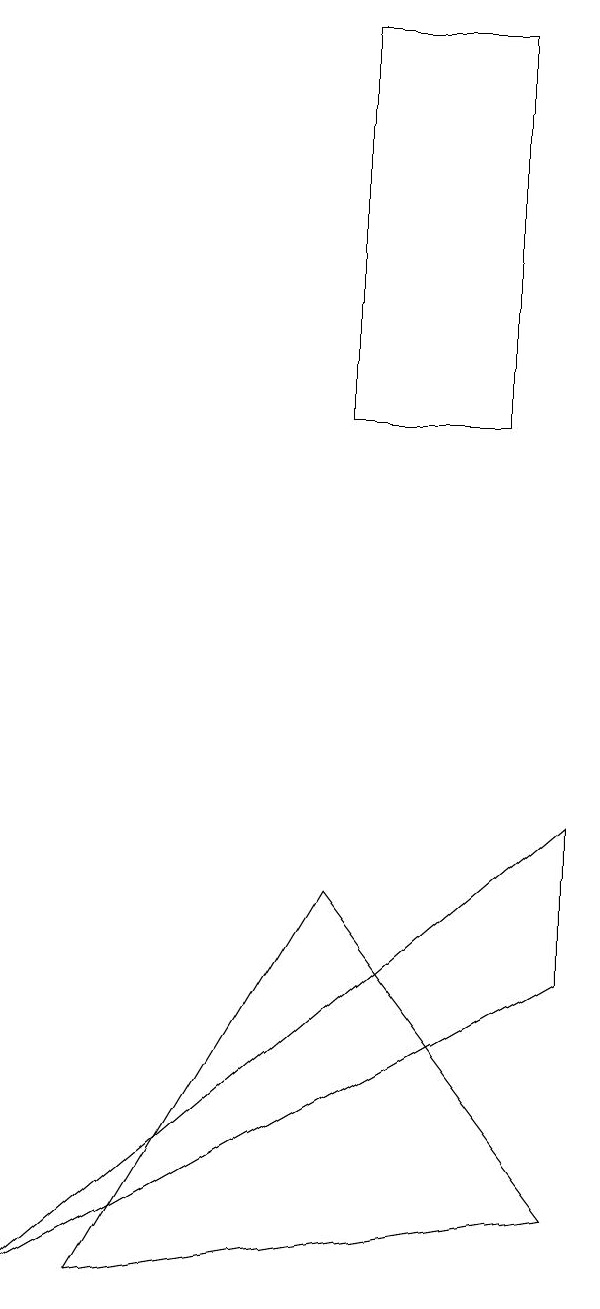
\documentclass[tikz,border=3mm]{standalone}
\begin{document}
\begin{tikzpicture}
\draw (8,16) rectangle (6,11);
\draw (9,1) -- (3,0) -- (6,5) -- cycle;
\draw (9,6) -- (2,0) -- (9,4) -- cycle;
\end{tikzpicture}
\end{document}